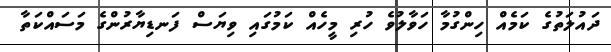
ދައުލަތުގެ ކަމެއް ހިންގުމާ ހަވާލުވެ ހުރި މީހެއް ކަމުގައި ވިޔަސް ފަނޑިޔާރުންގެ މަސައްކަތާ